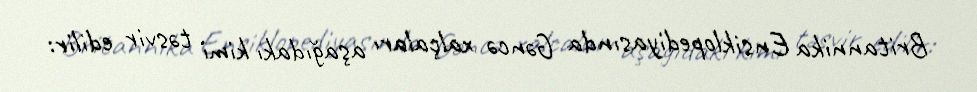
Britannika Ensiklopediyasında Gəncə xalçaları aşağıdakı kimi təsvir edilir: